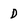
Character: D